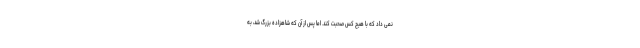
نمی داد که با هیچ کس صحبت کند. اما پس از آن که شاهزاده بزرگ شد، به